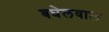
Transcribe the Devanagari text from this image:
बघेलवाल